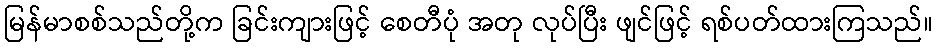
မြန်မာစစ်သည်တို့က ခြင်းကျားဖြင့် စေတီပုံ အတု လုပ်ပြီး ဖျင်ဖြင့် ရစ်ပတ်ထားကြသည်။